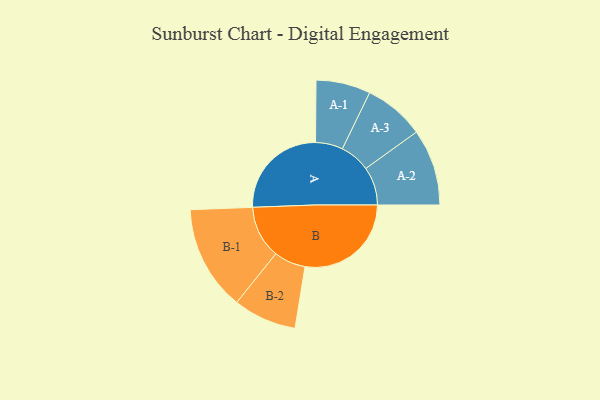
{"axis": {"x": "Segment", "y": "Value"}, "legend": ["", "A", "B"], "data": [{"x": "A", "y": 451, "type": ""}, {"x": "B", "y": 483, "type": ""}, {"x": "A-1", "y": 124, "type": "A"}, {"x": "A-2", "y": 174, "type": "A"}, {"x": "A-3", "y": 138, "type": "A"}, {"x": "B-1", "y": 239, "type": "B"}, {"x": "B-2", "y": 144, "type": "B"}]}